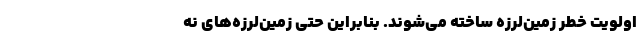
اولویت خطر زمین‌لرزه ساخته می‌شوند. بنابراین حتی زمین‌لرزه‌های نه